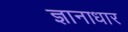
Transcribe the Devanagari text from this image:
ज्ञानाधार